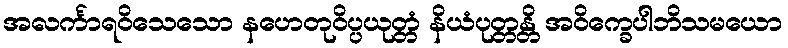
အလင်္ကာရဝိသေသော နဟေတုဝိပ္ပယုတ္တံ နိယံပုတ္တန္တိ အဝိက္ခေပါဘိသမယော